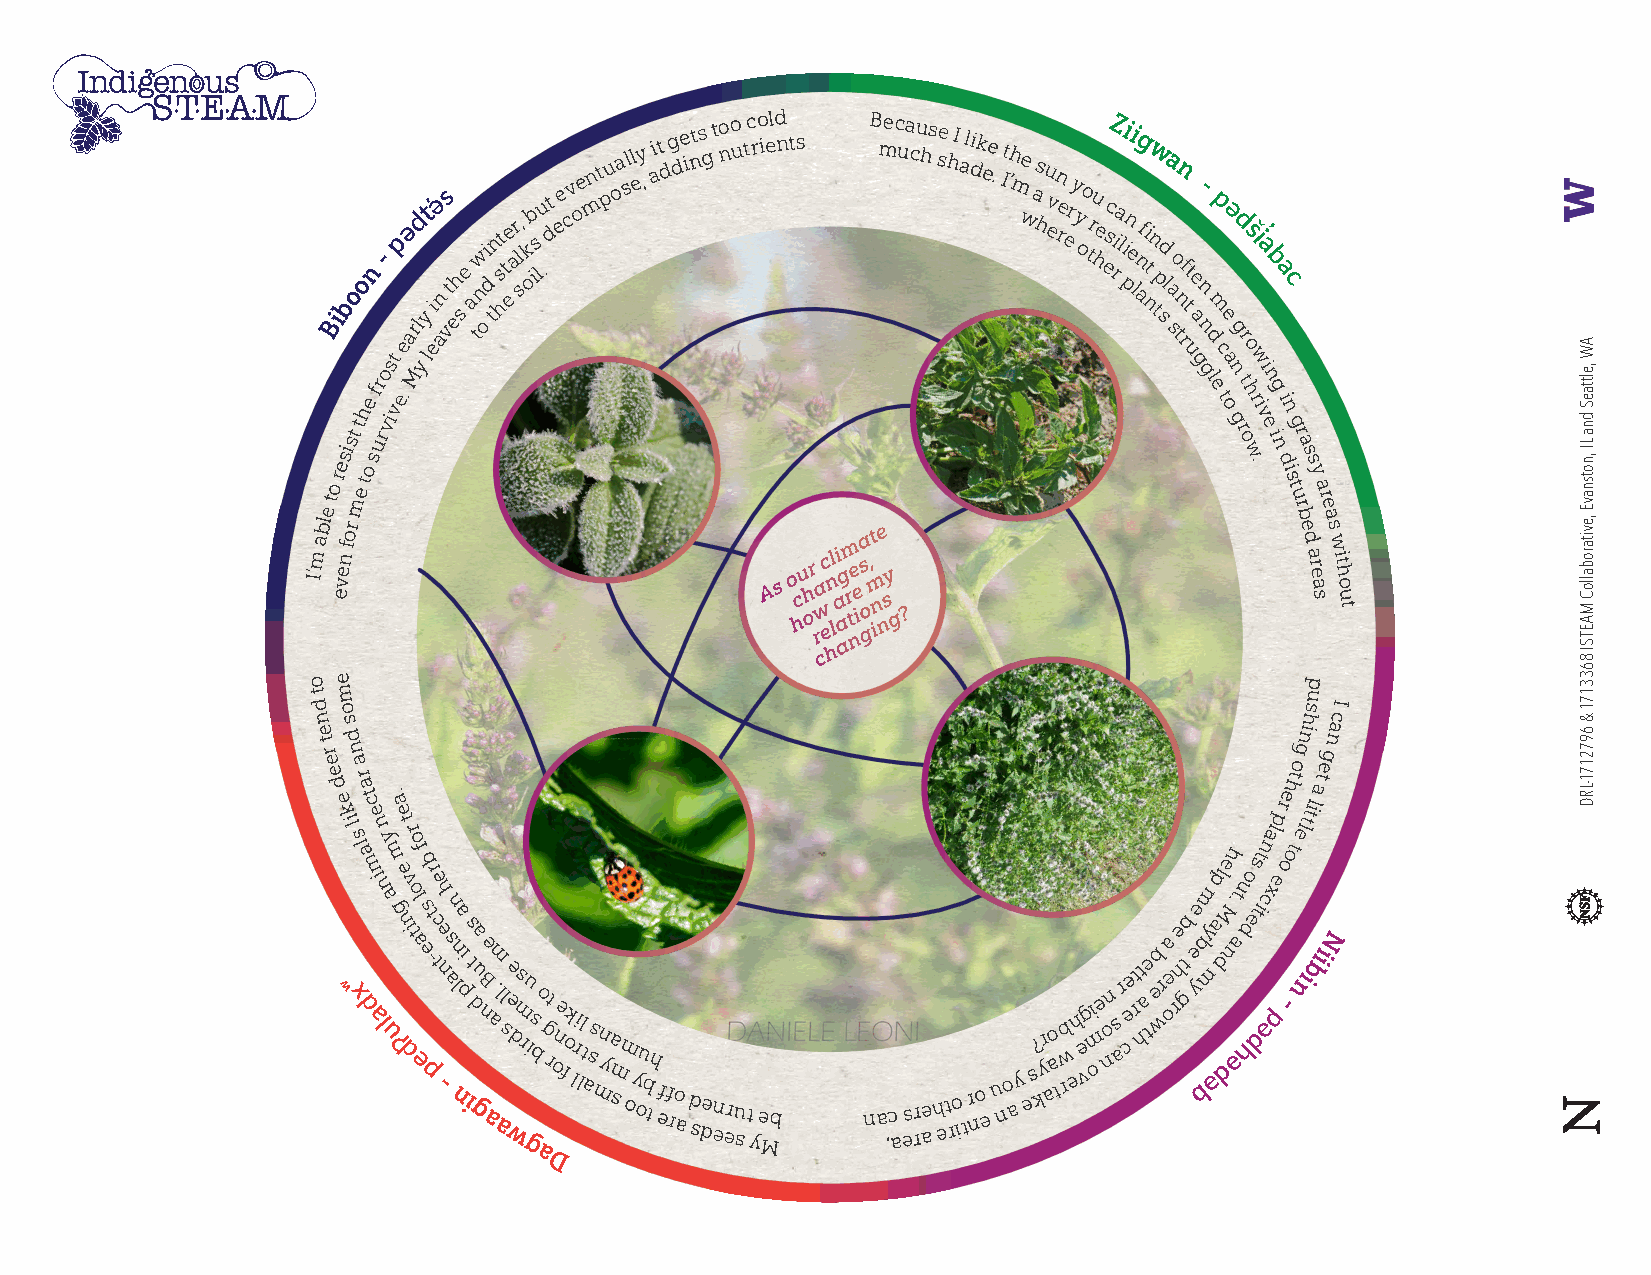
Bi sb iso
 t
 to
 he
 n
 sf
 ur
 r-
 o
 v
 is vt
 p
 e.e
 ə
 a
 Mrld
 y
 y lt̕ i eə an vs t eh s e a tnw oi d t n s ht t ee ar l s, k oib s l .ut d ee cv oe mnt pu oa sll ey , ait d g de ints g t o no u tc ro ield n ts B mec ua cu hs se h I a l dik ee . It ’h m we as h u evn re er y y oo tru he escZ ria l pii n ei l n ag f ni tw n tp sd l a a
 s
 o tnn rf t ut e a
 g
 n-
 n g d
 lm ep
 c
 te oə
 a n
 ggd
 r
 tr
 os
 ho wrw
 i̓ ia
 vi
 enb
 ig
 na
 i
 nc
 g
 r
 a
 s
 e
 to
 re
 me
 to                                                         .d i
 s
 t u
 rs y
 a r
 e
 I’m
 abl
 even
 for
 A s o hcu h or rwa cc
 e
 hl n li a
 a
 agm
 r
 t
 ne ie
 a
 s
 o
 g,
 mt ine
 n
 sy
 g ?
 b e d
 a r e a s
 a s w
 it h o u
 t
 o e                                                               p
 tm                                                                u
 d n
 e t r
 e
 e
 d
 eo ks
 id ln
 a
 r
 a
 t c
 e
 n
 . a
 e
 t
 r
 alp
 rehto
 eg lni
 th ts
 il
 a
 teg
 nac I
 ʷ
 xsl a dm ai n ly uam
 g
 ʔ
 e
 n
 dv io to ealf esb
 pt
 -r ce
 t
 neh
 -s a
 n
 nn
 la
 pi
 i
 s t
 d
 gua
 n
 Be
 aa
 m . al sl wee dms ru
 gis b
 o
 g
 rt
 one fok lri ll t
 a
 ss
 m
 n ya
 m s
 m
 o y
 ou
 b
 th
 eff ro
 a
 d sden eeru
 s
 t
 y
 e Mb   na ,c
 a
 es rre
 a
 h et ro
 i
 tr no e u no ay
 es? kyr aao trwb eh e vgi om
 e
 o
 nn
 s a
 r cee t rt ha
 t
 e eb wra oe re ht
 gb
 ee
 y
 bbm
 m y
 ə
 apl
 d
 de M
 n
 h . əat u hdo
 e
 ds tt i ən cx pe o
 -
 ot
 nibiiN
 a
 D
 AW ,elttaeS
 dna
 LI
 ,notsnavE
 ,evitaroballoC
 MAETSI
 8633171
 &
 6972171-LRD